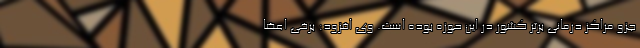
جزو مراکز درمانی برتر کشور در این حوزه بوده است. وی افزود: برخی اعضا